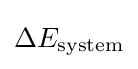
\Delta E_{\text{system}}